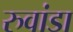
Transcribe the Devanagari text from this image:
रुवांडा